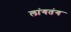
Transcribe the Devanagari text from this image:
लांगतंग